Document type: Grant
Year: 1232
Scribe: Berenguer de Clos
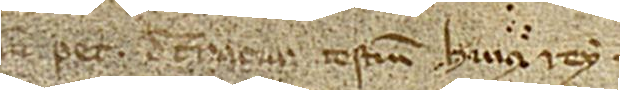
num Petri de Terracia, testium huius rey.